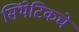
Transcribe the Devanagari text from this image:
सिंथेटिकचे